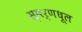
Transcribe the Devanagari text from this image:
स्वर्णधूल